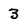
Character: 3